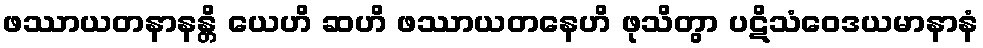
ဖဿာယတနာနန္တိ ယေဟိ ဆဟိ ဖဿာယတနေဟိ ဖုသိတွာ ပဋိသံဝေဒယမာနာနံ